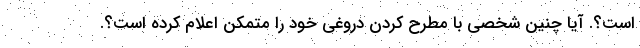
است؟. آیا چنین شخصی با مطرح کردن دروغی خود را متمکن اعلام کرده است؟.